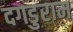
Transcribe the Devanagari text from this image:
दगडुराम